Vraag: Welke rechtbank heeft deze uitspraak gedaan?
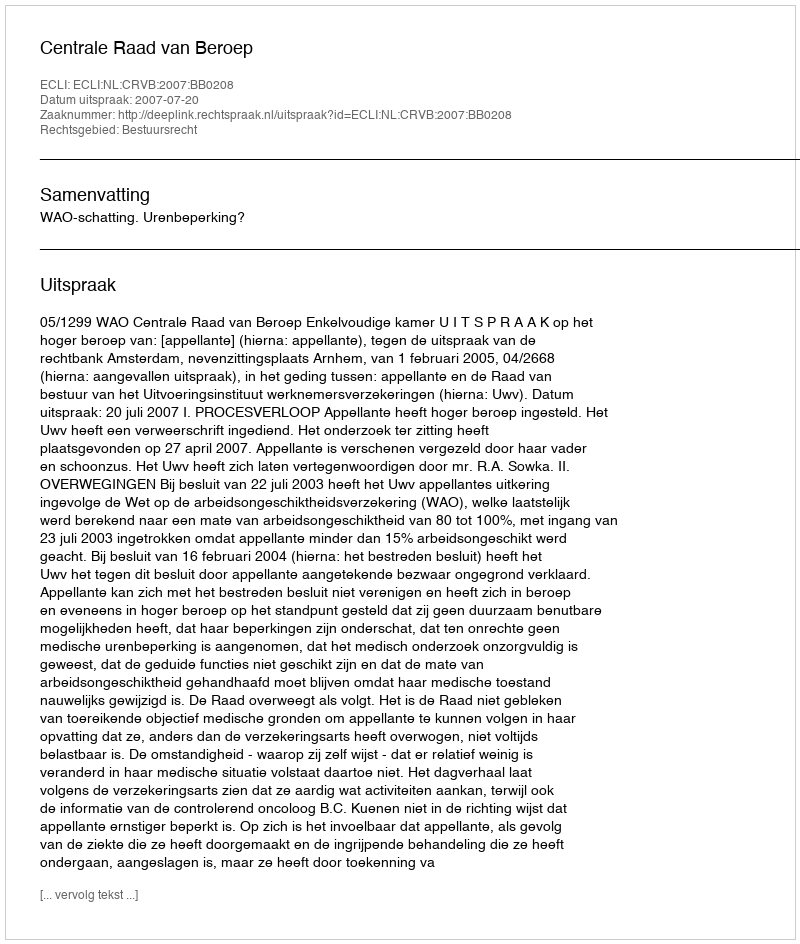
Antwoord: Centrale Raad van Beroep